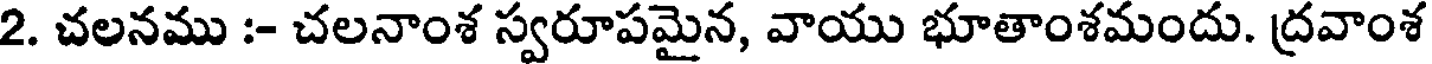
2. చలనము :- చలనాంశ స్వరూపమైన, వాయు భూతాంశమందు. ద్రవాంశ